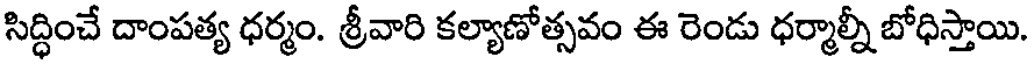
సిద్ధించే దాంపత్య ధర్మం. శ్రీవారి కల్యాణోత్సవం ఈ రెండు ధర్మాల్నీ బోధిస్తాయి.